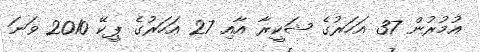
އުމުރުން 37 އަހަރުގެ ޝަކީރާ އާއި 27 އަހަރުގެ ޕީކޭ 2010 ވަނަ